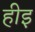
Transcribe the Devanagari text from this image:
हीइ